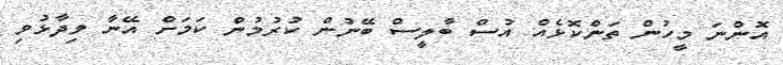
އޮންނަ މީހުން ތަންކޮޅެއް އުސް ބާލީސް ބޭނުން ކުރުމުން ކަމަށް އޭނާ ވިދާޅުވި